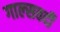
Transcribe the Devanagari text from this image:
गाल्‍सवर्दी